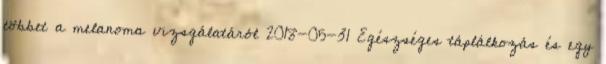
többet a melanoma vizsgálatáról 2018-05-31 Egészséges táplálkozás és egy